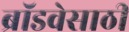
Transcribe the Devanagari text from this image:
ब्रॉडवेसाठी